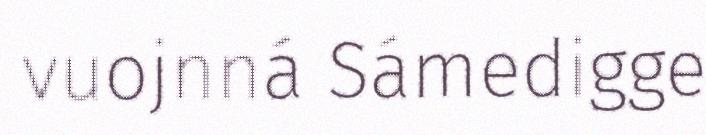
vuojnná Sámedigge